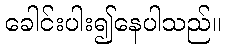
ခေါင်းပါး၍နေပါသည်။